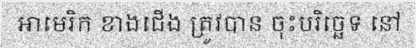
អាមេរិក ខាងជើង ត្រូវបាន ចុះបរិច្ឆេទ នៅ